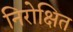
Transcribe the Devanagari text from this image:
निरोक्षित